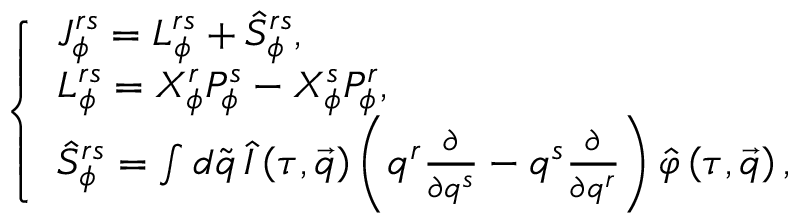
\left\{ \begin{array} { l } { { J _ { \phi } ^ { r s } = L _ { \phi } ^ { r s } + { \hat { S } } _ { \phi } ^ { r s } , } } \\ { { L _ { \phi } ^ { r s } = X _ { \phi } ^ { r } P _ { \phi } ^ { s } - X _ { \phi } ^ { s } P _ { \phi } ^ { r } , } } \\ { { { \hat { S } } _ { \phi } ^ { r s } = \int d \tilde { q } \, \hat { I } \left( \tau , \vec { q } \right) \left( q ^ { r } \frac \partial { \partial q ^ { s } } - q ^ { s } \frac \partial { \partial q ^ { r } } \right) \hat { \varphi } \left( \tau , \vec { q } \right) , } } \end{array} \right.